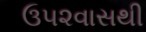
ઉ૫૨વાસથી